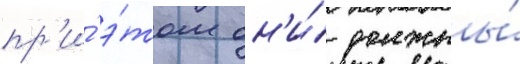
пр'и́ э́том он'и́ должны́